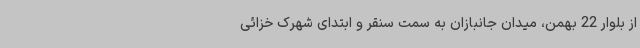
از بلوار 22 بهمن، میدان جانبازان به سمت سنقر و ابتدای شهرک خزائی